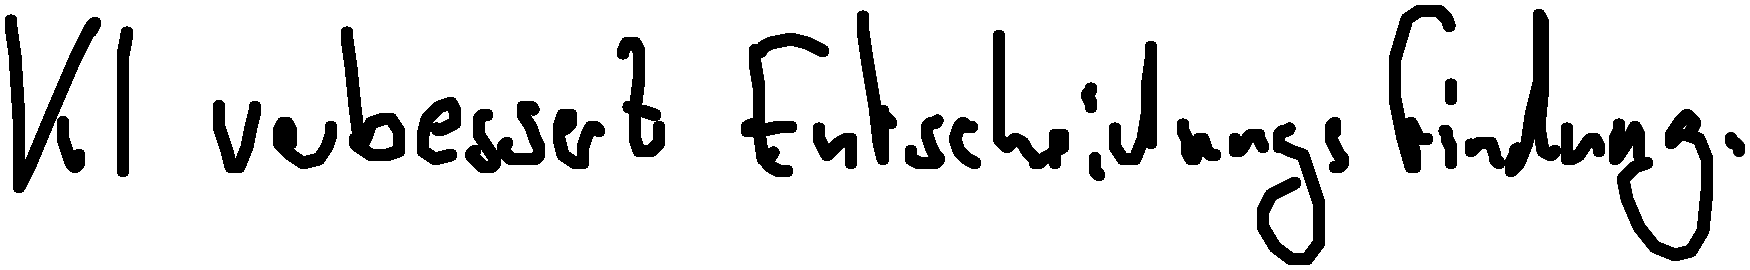
KI verbessert Entscheidungsfindung.